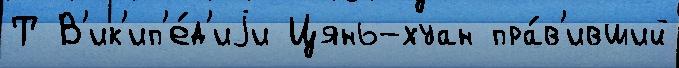
Т В'ик'ип'е́д'иjи Цянь-хуан пра́в'ивший